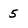
Character: 5